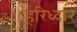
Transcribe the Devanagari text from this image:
हरिध्दार